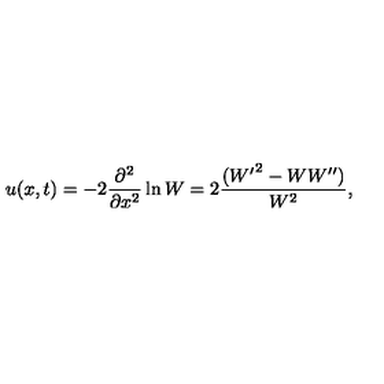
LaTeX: u ( x , t ) = - 2 \frac { \partial ^ { 2 } } { \partial x ^ { 2 } } \ln W = 2 \frac { ( { W ^ { \prime } } ^ { 2 } - W W ^ { \prime \prime } ) } { W ^ { 2 } } ,